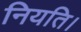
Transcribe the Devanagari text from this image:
नियति।